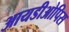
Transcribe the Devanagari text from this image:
आयडीओपिस